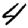
Digit: 4